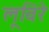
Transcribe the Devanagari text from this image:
लूविरे